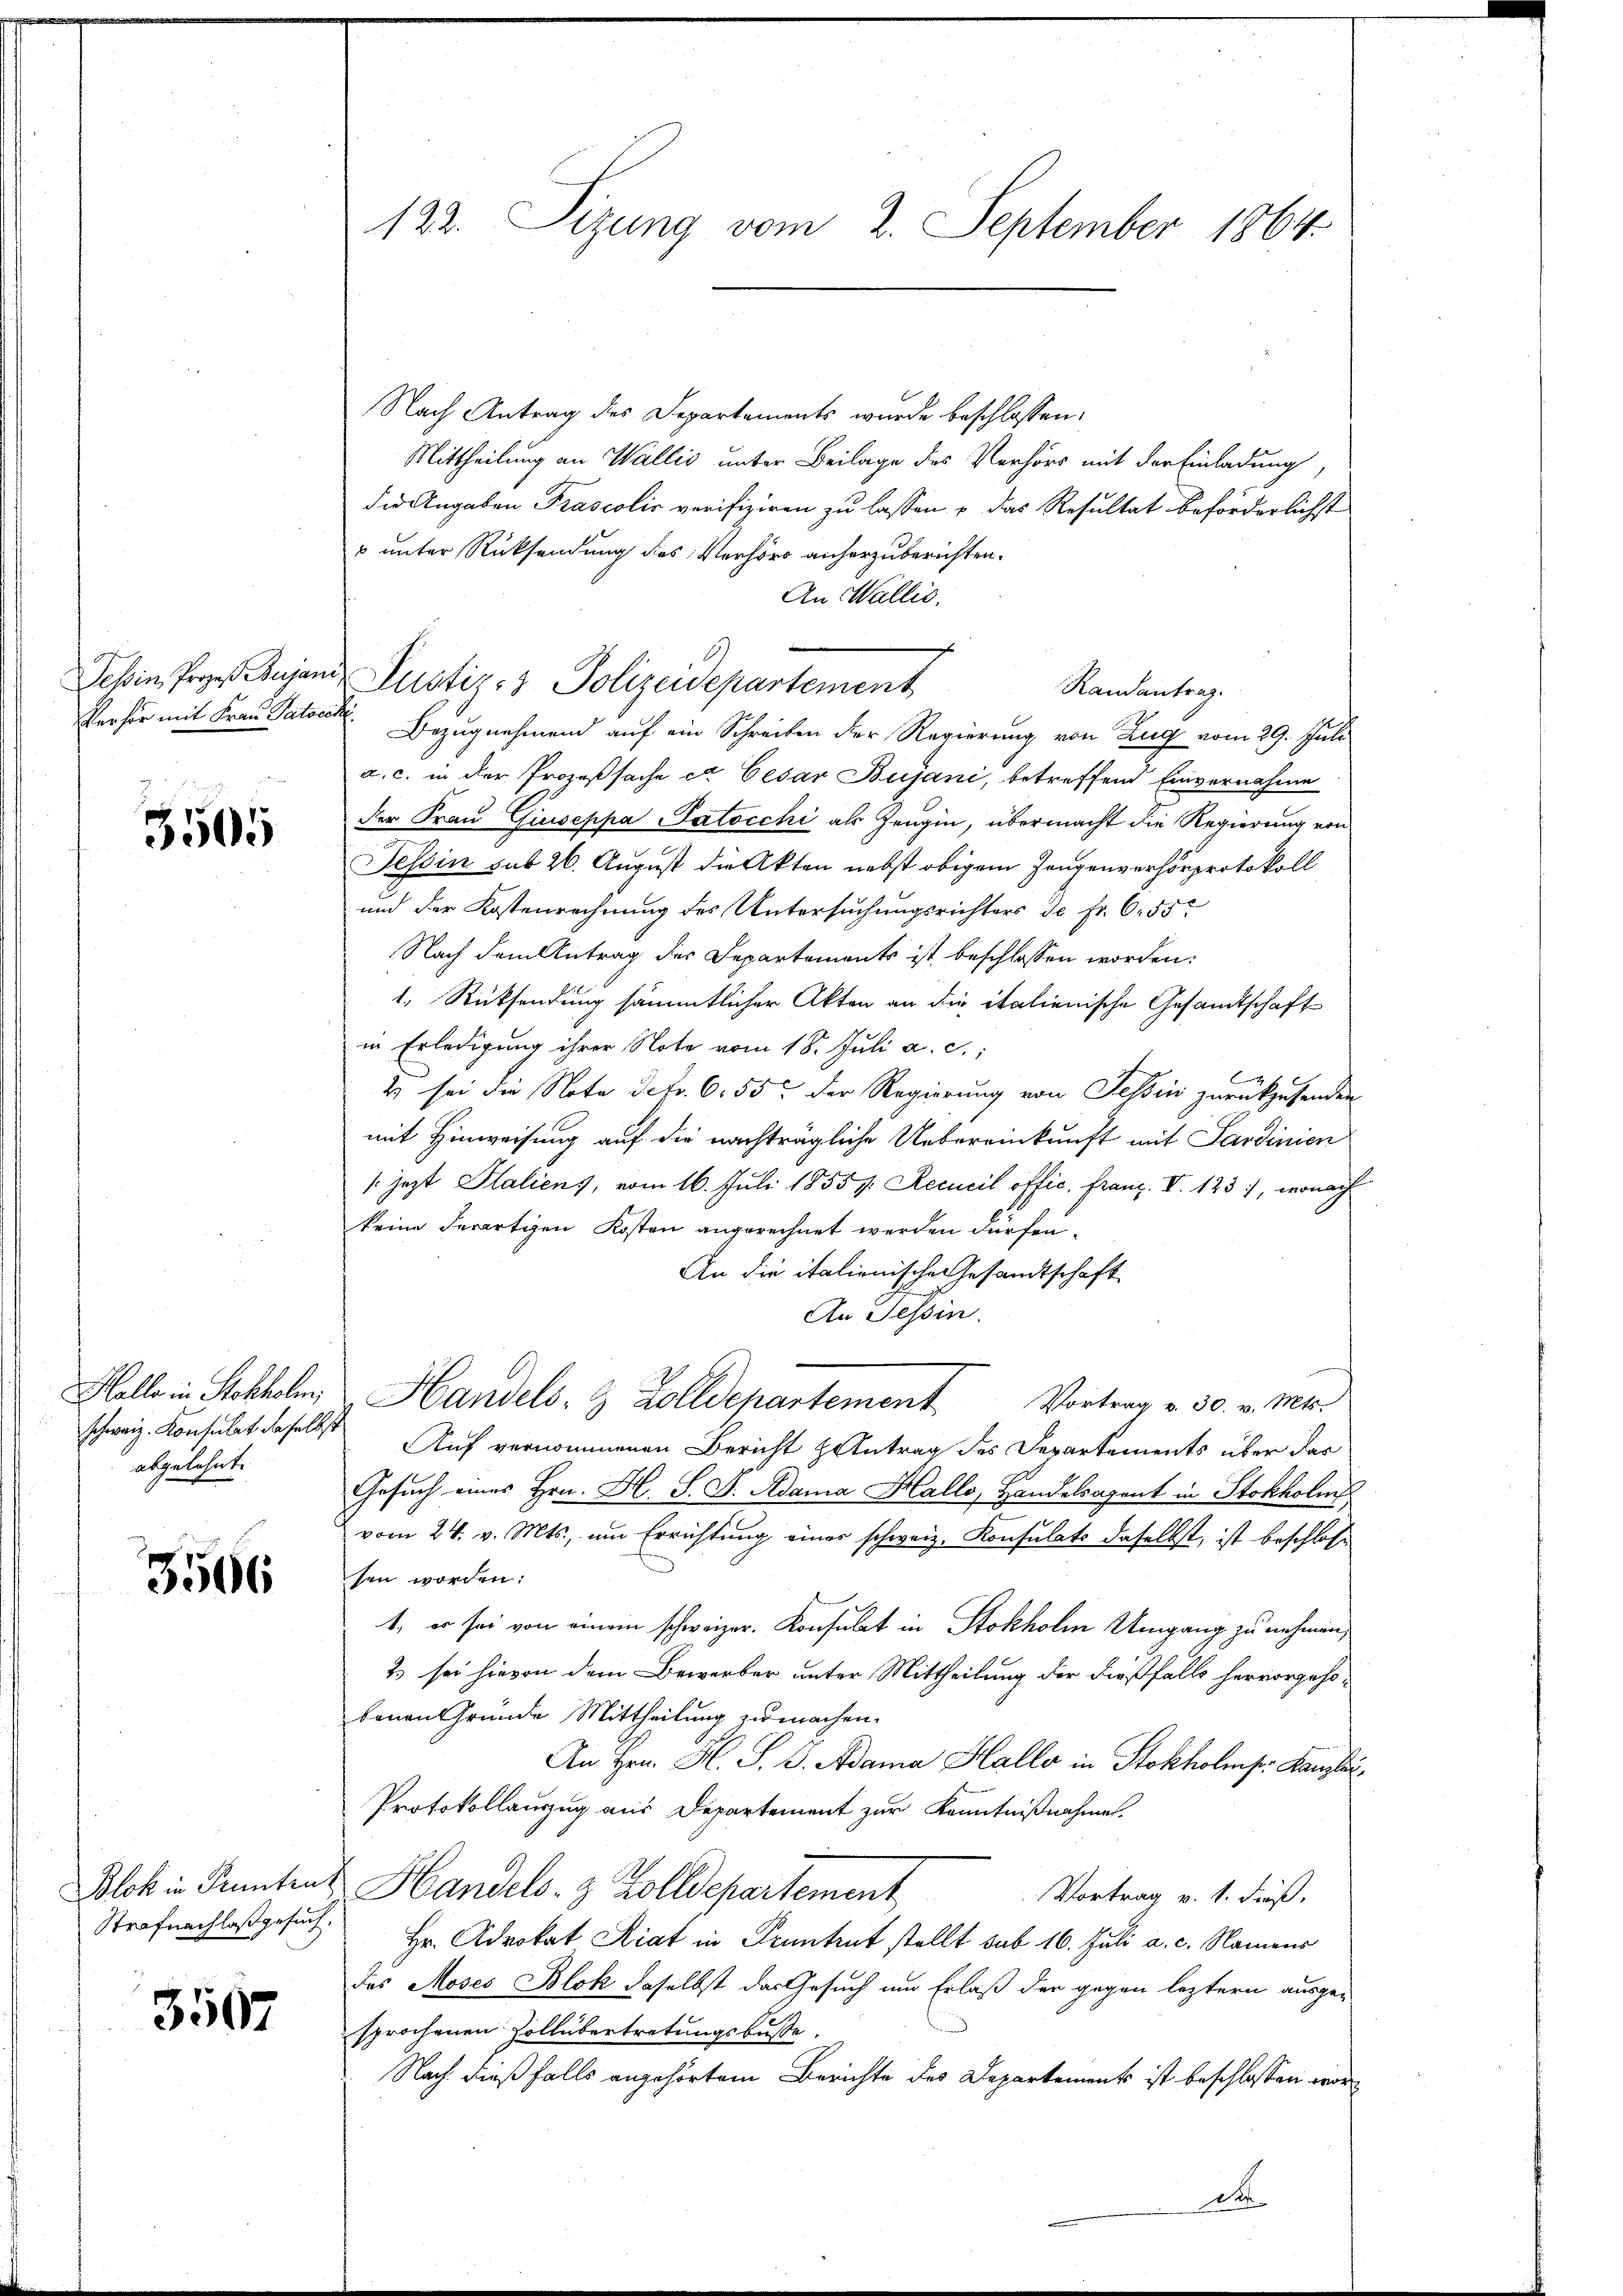
3505

schweiz. Konsulat daselbst
abgelehnt.

3566

Strafnachlaß gesuch,

3507

122. Sizung vom 2. September 1864.

Nach Antrag des Departements wurde beschlossen:
Mittheilung an Wallis unter Beilage des Verhörs mit der Einladung,
die Angaben Prascolis verifiziren zu lassen – das Resultat beförderlichst
u unter Rücksendung des Verhört anherzuberichten.
An Wallis.
Verhör mit Frau Patock. Bezugnahmend auf ein Schreiben der Regierung von Zug vom 29. Juli
a. c. in der Prozeßsache er Cesar Bujani, betreffend Einvernahme
der Frau Giuseppa Patocchi als Zeugin, übermacht die Regierung von
Tessin sub 26. August die Akten nebst obigem Zeugenverhörprotokoll
und der Kostenrechnung des Untersuchungsrichters de Fr. 6. 55
Nach dem Antrag der Departements ist beschlossen worden:
1. Rücksendung sämmtlicher Akten an die italienische Gesandtschaft
in Erledigung ihrer Note vom 18. Juli a. c.,
2 sei die Note detr. 6. 55. Der Regierung von Tessin zurückzusenden
mit Hinweisung auf die nachträgliche Uebereinkunft mit Sardinien
/ jezt Italiens, vom 16. Juli 1855 v. Recueil offic. Franz. V. 123), wonach
keine derartigen Kosten angerechnet werden dürfen.
An die italienische Gesandtschaft
An Tessin.
Helle in Stockholm, Handels- & Zolldepartement
Vortrag v. 30. v. Mts.
Auf vernommenen Bericht antrag des Departements über das
Gesuch eines Hrn. H. S. F. Adama Hallo, Handelsagent in Stokholis
vom 24. v. Mts., um Errichtung einer schweiz. Konsulats daselbst, ist beschlosse
sen worden:
1, er sei von einem schweizer. Konsulat in Stokholm Umgang zu nehmen,
2.) sei hievon dem Bewerber unter Mittheilung der dießfalls hervorgehobenen Gründe Mittheilung zu machen.
An Hrn. H. S. B. Adama Halle in Stokholmp. Kaufer,
Protokollauszug aus Departement zur Kenntnißnahmen.
Blok in Kenntent Handels- & Zolldepartement,
Vortrag v. 1. dieß,
Hr. Advokat Riat in Pruntrut stellt sub. 16. Juli a. c. Namens
des Moses Blok daselbst das Gesuch um Erlaß der gegen leztern ausge-
sprochenen Zollübertretungsbusse.
Nach dießfalls angehörtem Berichte des Departement ist beschlossen wor¬
Der

A
Jebin, Praesujani, Justiz- & Polizeidepartement
Randantrag.